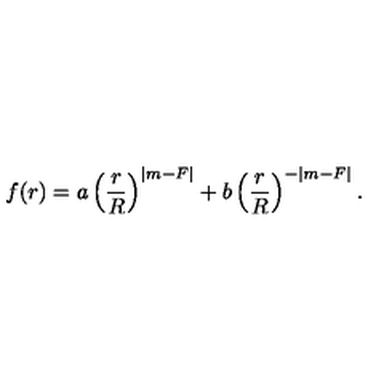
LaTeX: f ( r ) = a \left( \frac { r } { R } \right) ^ { | m - F | } + b \left( \frac { r } { R } \right) ^ { - | m - F | } .